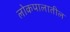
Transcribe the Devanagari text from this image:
लोकपालातील